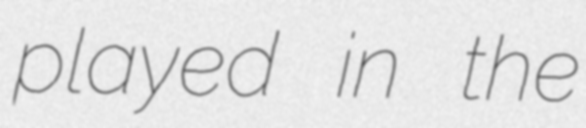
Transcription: played in the